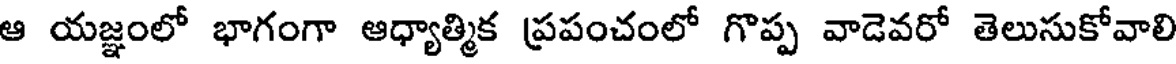
ఆ యజ్ఞంలో భాగంగా ఆధ్యాత్మిక ప్రపంచంలో గొప్ప వాడెవరో తెలుసుకోవాలి